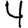
Digit: 4